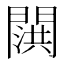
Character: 𬮍